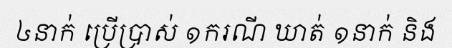
៤នាក់ ប្រើប្រាស់ ១ករណី ឃាត់ ១នាក់ និង